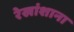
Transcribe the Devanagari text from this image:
रेखांशाना